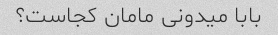
بابا میدونی مامان کجاست؟